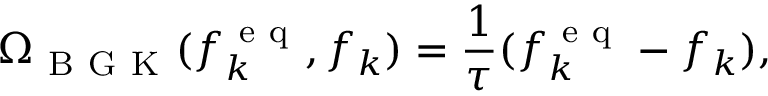
\Omega _ { \mathrm { ~ B ~ G ~ K ~ } } ( f _ { k } ^ { \mathrm { ~ e ~ q ~ } } , f _ { k } ) = \frac { 1 } { \tau } ( f _ { k } ^ { \mathrm { ~ e ~ q ~ } } - f _ { k } ) ,